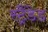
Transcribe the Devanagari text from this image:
स्ट्रैंडेड